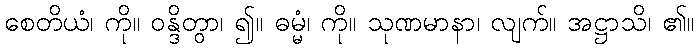
စေတိယံ၊ ကို။ ဝန္ဒိတွာ၊ ၍။ ဓမ္မံ၊ ကို။ သုဏမာနာ၊ လျက်။ အဋ္ဌာသိ၊ ၏။